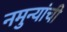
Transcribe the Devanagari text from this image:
नमुन्यांची